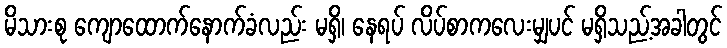
မိသားစု ကျောထောက်နောက်ခံလည်း မရှိ၊ နေရပ် လိပ်စာကလေးမျှပင် မရှိသည့်အခါတွင်